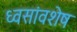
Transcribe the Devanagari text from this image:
ध्वसांवशेष